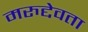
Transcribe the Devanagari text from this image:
मरुद्देवता